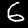
Label: 6